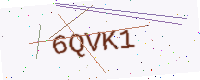
Text: 6QVK1